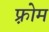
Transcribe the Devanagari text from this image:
फ़्रोम